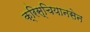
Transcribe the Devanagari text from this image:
क्रिस्चियानसेन